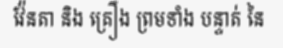
វ៉ែនតា និង គ្រឿង ព្រមទាំង បន្ទាត់ នៃ